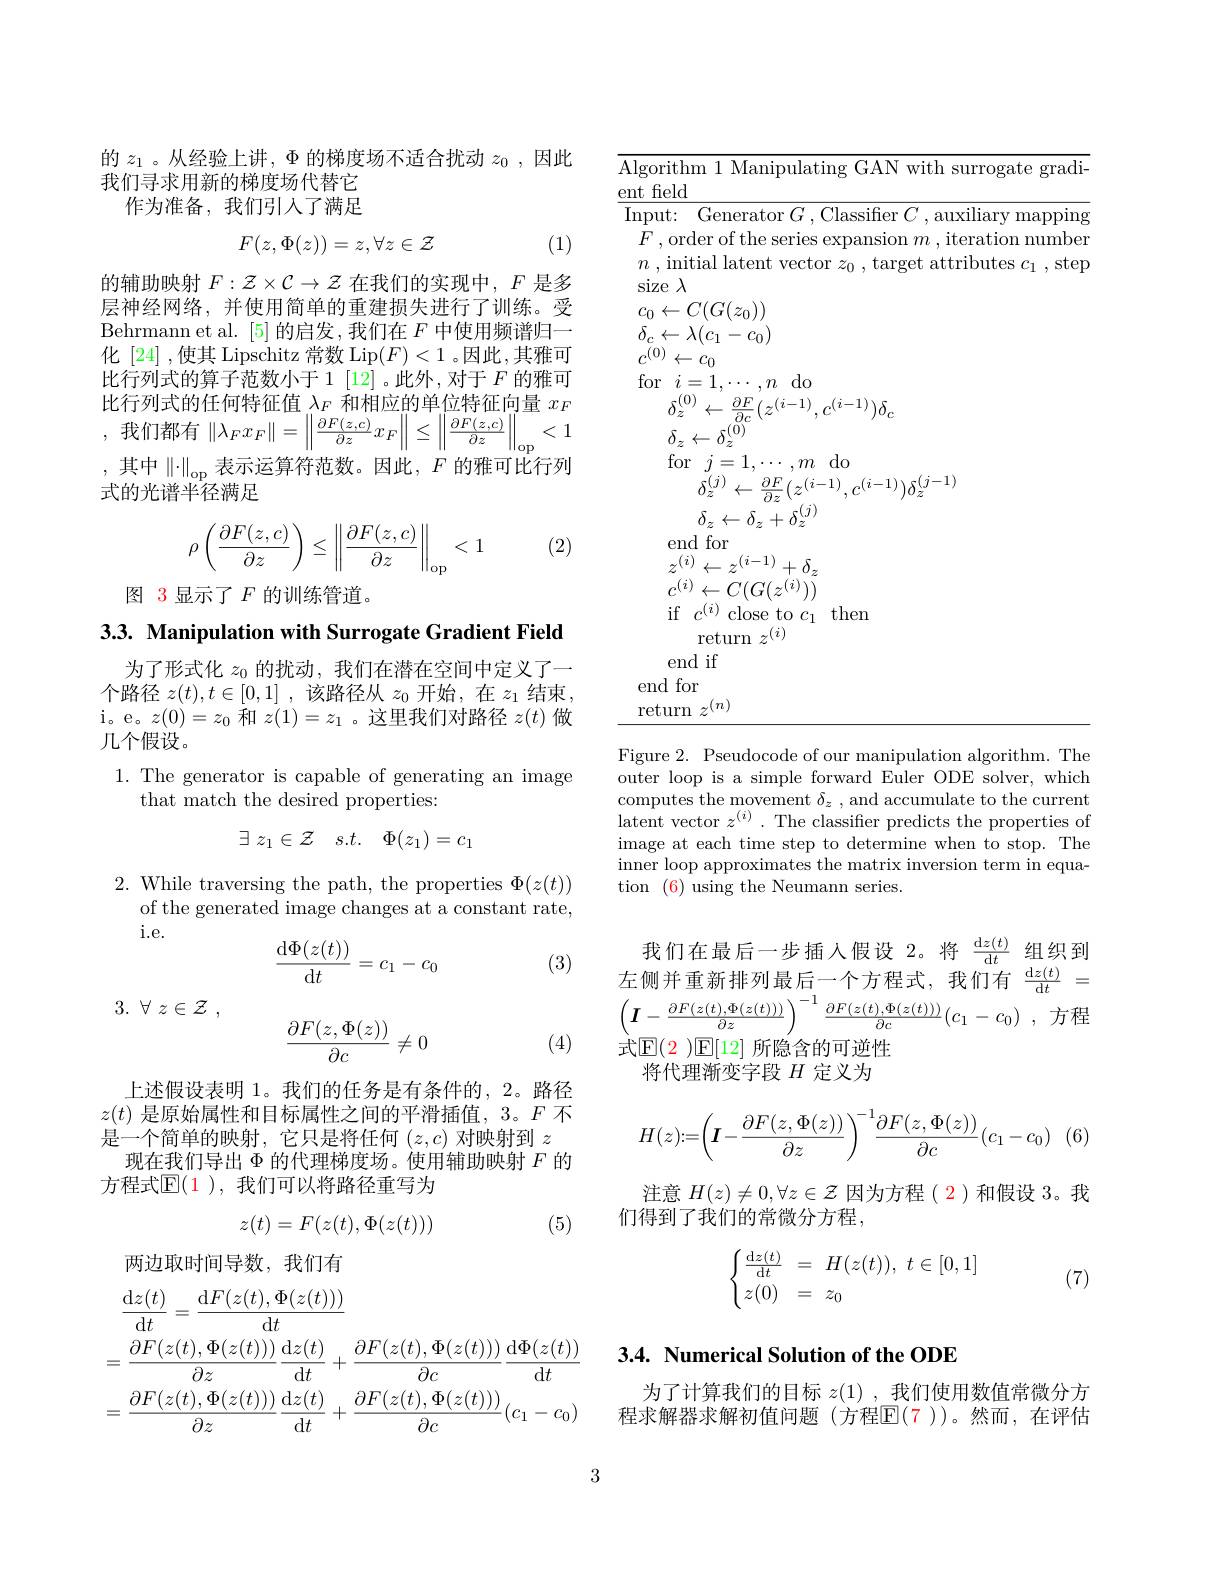
的$z_1$ 。从经验上讲，$\Phi$的梯度场不适合扰动$z_0$ ,因此
我们寻求用新的梯度场代替它
作为准备，我们引入了满足
$$F(z,\Phi(z))=z,\forall z\in\mathcal{Z}$$
(1)

的辅助映射$F:\mathcal{Z}\times\mathcal{C}\to\mathcal{Z}$在我们的实现中，$F$是多层神经网络，并使用简单的重建损失进行了训练。受Behrmann et al. [5]的启发，我们在$F$中使用频谱归一化 [24] ,使其 Lipschitz 常数 Lip$(F)<1$ 。因此，其雅可比行列式的算子范数小于 1 [12] 。此外 ,对于$F$的雅可比行列式的任何特征值$\lambda_F$和相应的单位特征向量$x_F$ ,我们都有$\left\|\lambda_Fx_F\right\|=\left\|\frac{\partial F(z,c)}{\partial z}x_F\right\|\leq\left\|\frac{\partial F(z,c)}{\partial z}\right\|_{\mathrm{op}}<1$ , 其中$\|\cdot\|_\mathrm{op}$ 表示运算符范数。因此$,F$ 的雅可比行列式的光谱半径满足
$$\rho\left(\dfrac{\partial F(z,c)}{\partial z}\right)\leq\left\|\dfrac{\partial F(z,c)}{\partial z}\right\|_{\mathrm{op}}<1$$
(2)

图 3 显示了$F$的训练管道。

3.3. Manipulation with Surrogate Gradient Field

为了形式化$z_0$的扰动，我们在潜在空间中定义了一个路径$z(t),t\in[0,1]$ ,该路径从$z_0$开始 ,在$z_1$结束， i。e。$z( 0) = z_{0}$和$z(1)=z_1$ 。这里我们对路径$z(t)$做几个假设。

1. The generator is capable of generating an image
that match the desired properties:
$$\exists\:z_1\in\mathcal{Z}\quad s.t.\quad\Phi(z_1)=c_1$$
$2.{\mathrm{~While~traversing~the~path,~the~properties~}}\Phi(z(t))$
of the generated image changes at a constant rate,
i.e.
$$\begin{aligned}\frac{\mathrm{d}\Phi(z(t))}{\mathrm{d}t}&=c_1-c_0\end{aligned}$$
(3)
$$\begin{aligned}\frac{\partial F(z,\Phi(z))}{\partial c}\neq0\end{aligned}$$
3. $\forall$ $z\in {\mathcal{Z} }$ ,

(4)

上述假设表明 1。我们的任务是有条件的，2。路径$z(t)$是原始属性和目标属性之间的平滑插值，3。F 不是一个简单的映射，它只是将任何$(z,c)$对映射到$z$
现在我们导出$\Phi$的代理梯度场。使用辅助映射$F$的
方程式$\operatorname{E}(\color{red}1)$, 我们可以将路径重写为
$$z(t)=F(z(t),\Phi(z(t)))$$
(5)

两边取时间导数，我们有
$$\begin{aligned}&\frac{\mathrm{d}z(t)}{\mathrm{d}t}=\frac{\mathrm{d}F(z(t),\Phi(z(t)))}{\mathrm{d}t}\\&=\frac{\partial F(z(t),\Phi(z(t)))}{\partial z}\frac{\mathrm{d}z(t)}{\mathrm{d}t}+\frac{\partial F(z(t),\Phi(z(t)))}{\partial c}\frac{\mathrm{d}\Phi(z(t))}{\mathrm{d}t}\\&=\frac{\partial F(z(t),\Phi(z(t)))}{\partial z}\frac{\mathrm{d}z(t)}{\mathrm{d}t}+\frac{\partial F(z(t),\Phi(z(t)))}{\partial c}(c_{1}-c_{0})\end{aligned}$$
$\overline{\text{Algorithm 1 Manipulating GAN with surrogate gradi-}}$
$\underline{\mathrm{ent~field}}$
Input: Generator $G$ ,Classifier $C$ , auxiliary mapping $F$ ,order of the series expansion $m$ , iteration number $n$ , initial latent vector $z_0$ , target attributes $c_1$ ,step size $\lambda$
$c_0\leftarrow C(G(z_0))$ $\delta_{c}\leftarrow\lambda(c_{1}-c_{0})$ $c^{(0)}\leftarrow c_{0}$ for$i=1,\cdots,n$do
$\delta_{z}^{(0)}\leftarrow\frac{\partial F}{\partial c}(z^{(i-1)},c^{(i-1)})\delta_{c}$
$\delta_{z}\leftarrow\delta_{z}^{(0)}$
$\begin{array}{c}{\mathrm{for}}&{j=1,\cdots,m}&{\mathrm{do}}\\&{\delta_{z}^{(j)}\leftarrow\frac{\partial F}{\partial z}(z^{(i-1)},c^{(i-1)})\delta_{z}^{(j-1)}}\end{array}$
$\delta_{z}\leftarrow\delta_{z}+\delta_{z}^{(j)}$
end for
$z^{(i)}\leftarrow z^{(i-1)}+\delta_zc^{(i)}\leftarrow C(G(z^{(i)}))$
if$c^{(i)}$close to$c_1$then
return $z^{(i)}$
end if end for $\underline{\text{return }z^{(n)}}$

Figure 2. Pseudocode of our manipulation algorithm. The outer loop is a simple forward Euler ODE solver, which computes the movement $\delta_z$ , and accumulate to the current $\hat{\text{latent vector }z^{(i)}}.$The classifier predicts the properties of image at each time step to determine when to stop. The inner loop approximates the matrix inversion term in equation (6) using the Neumann series.

我们在最后一步插入假设 2。将$\frac{\mathrm{d}z(t)}{\mathrm{d}t}$组织到左侧并重新排列最后一个方程式，我们有$\frac{\mathrm{d}t}{\mathrm{d}t}=$ $\left ( \boldsymbol{I}- \frac {\partial F( z( t) , \Phi ( z( t) ) ) }{\partial z}\right ) ^{- 1}\frac {\partial F( z( t) , \Phi ( z( t) ) ) }{\partial c}( c_{1}- c_{0})$ ,方程式$\mathbb{E}(\color{red}2)\mathbb{E}[12]$ 所隐含的可逆性
将代理渐变字段$H$定义为
$$H(z):=\left(\boldsymbol{I}-\frac{\partial F(z,\Phi(z))}{\partial z}\right)^{-1}\frac{\partial F(z,\Phi(z))}{\partial c}(c_1-c_0)$$
注意$H(z)\neq0,\forall z\in\mathcal{Z}$因为方程( 2)和假设 3。我
们得到了我们的常微分方程，
$$\begin{cases}\frac{\mathrm{d}z(t)}{\mathrm{d}t}&=&H(z(t)),\:t\in[0,1]\\z(0)&=&z_0\end{cases}$$
(7)

## 3.4. Numerical Solution of the ODE

为了计算我们的目标$z(1)$,我们使用数值常微分方程求解器求解初值问题(方程$\mathbb{E}(7$ ))。然而，在评估

3